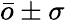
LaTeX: \bar{o}\pm\sigma